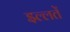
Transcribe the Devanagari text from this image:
इल्लतें